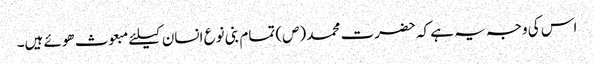
اس کی وجہ یہ ہے کہ حضرت محمد (ص) تمام بنی نوع انسان کیلئے مبعوث ھوئے ہیں۔